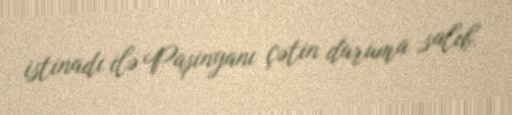
istinadı ilə Paşinyanı çətin duruma salıb.